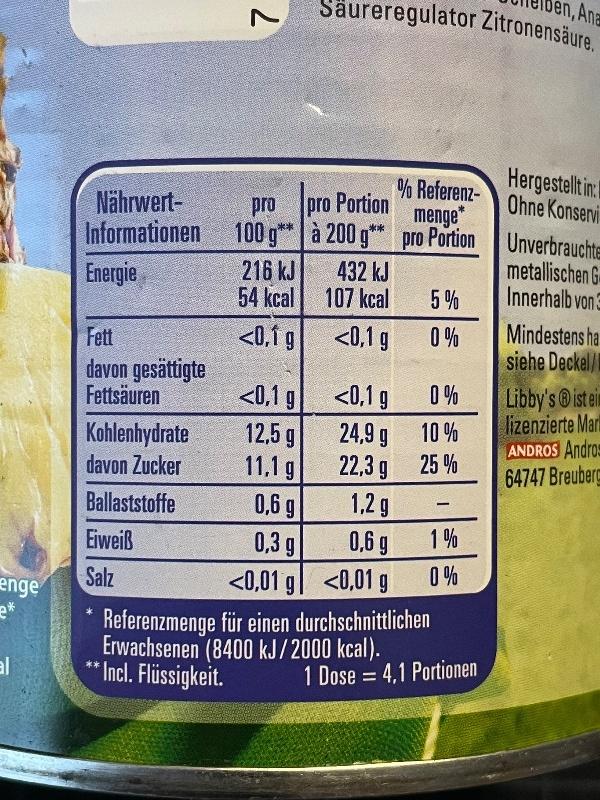
den, Ana
Säureregulator Zitronensäure.
Nährwert- Informationen
% Referenz- menge 100 g** | à 200 g** pro Portion Unverbrauchte
Hergestellt in1 Ohne Konservi
pro
pro Portion
Energie
216 kJ 54 kcal
432 kJ 107 kcal
metallischen G Innerhalb von
5 %
Mindestens ha siehe Deckel/
Fett
<0.1 g
<0,1 g
0 %
davon gesättigte Fettsäuren
Libby's ®istein lizenzierte Mar ANDROS Andros 64747 Breuber
<0,1 g
<0,1 g
0 %
10 %
Kohlenhydrate davon Zucker
12,5 g 11,1 g
24,9 g 22,3 g
25 %
0,6 g 0,3 g
Ballaststoffe
1,2 g
1%
0,6 g 0 %
Eiweiß
Salz
<0,01 g| <0,01 g
enge
Referenzmenge für einen durchschnittlichen Erwachsenen (8400 kJ/2000 kcal). *Incl. Flüssigkeit.
al
*
1 Dose = 4,1 Portionen